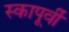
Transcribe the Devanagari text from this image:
स्कापूर्वी